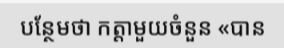
បន្ថែមថា កត្តាមួយចំនួន «បាន